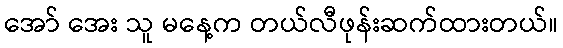
အော် အေး သူ မနေ့က တယ်လီဖုန်းဆက်ထားတယ်။